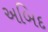
અબિદ